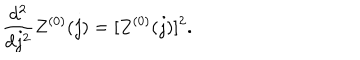
\frac { d ^ { 2 } } { d j ^ { 2 } } Z ^ { ( 0 ) } ( j ) = [ Z ^ { ( 0 ) } ( j ) ] ^ { 2 } .